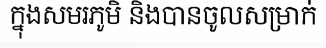
ក្នុងសមរភូមិ និងបានចូលសម្រាក់